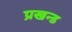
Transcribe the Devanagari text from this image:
प्रखन्ड